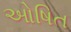
ઓષિત